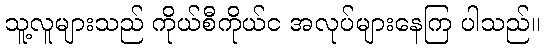
သူ့လူများသည် ကိုယ်စီကိုယ်င အလုပ်များနေကြ ပါသည်။